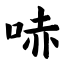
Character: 哧